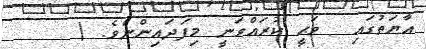
އާޔަތުގައި  ވަޙީ ކުރައްވަނީ މިފަދައިންނެވެ. (